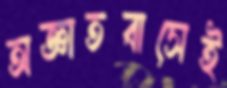
অজ্ঞাতবাসেই